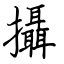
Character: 攝